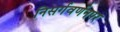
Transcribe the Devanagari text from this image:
निसर्गवर्णनपर